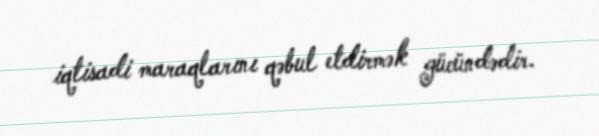
iqtisadi maraqlarını qəbul etdirmək gücündədir.